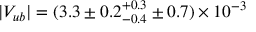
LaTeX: | V _ { u b } | = ( 3 . 3 \pm 0 . 2 _ { - 0 . 4 } ^ { + 0 . 3 } \pm 0 . 7 ) \times 1 0 ^ { - 3 }